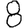
Digit: 8